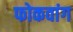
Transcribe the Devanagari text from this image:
फोकवांग